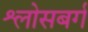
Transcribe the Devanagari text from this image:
श्लोसबर्ग